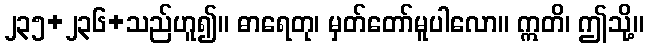
၂၃၅+၂၃၆+သည်ဟူ၍။ ဓာရေတု၊ မှတ်တော်မူပါလော။ ဣတိ၊ ဤသို့။